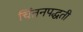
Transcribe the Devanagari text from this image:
चिंतनपद्धती